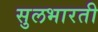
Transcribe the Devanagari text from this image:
सुलभारती